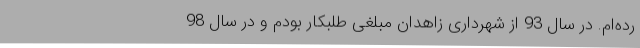
رده‌ام. در سال 93 از شهرداری زاهدان مبلغی طلبکار بودم و در سال 98